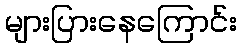
များပြားနေကြောင်း